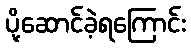
ပို့ဆောင်ခဲ့ရကြောင်း